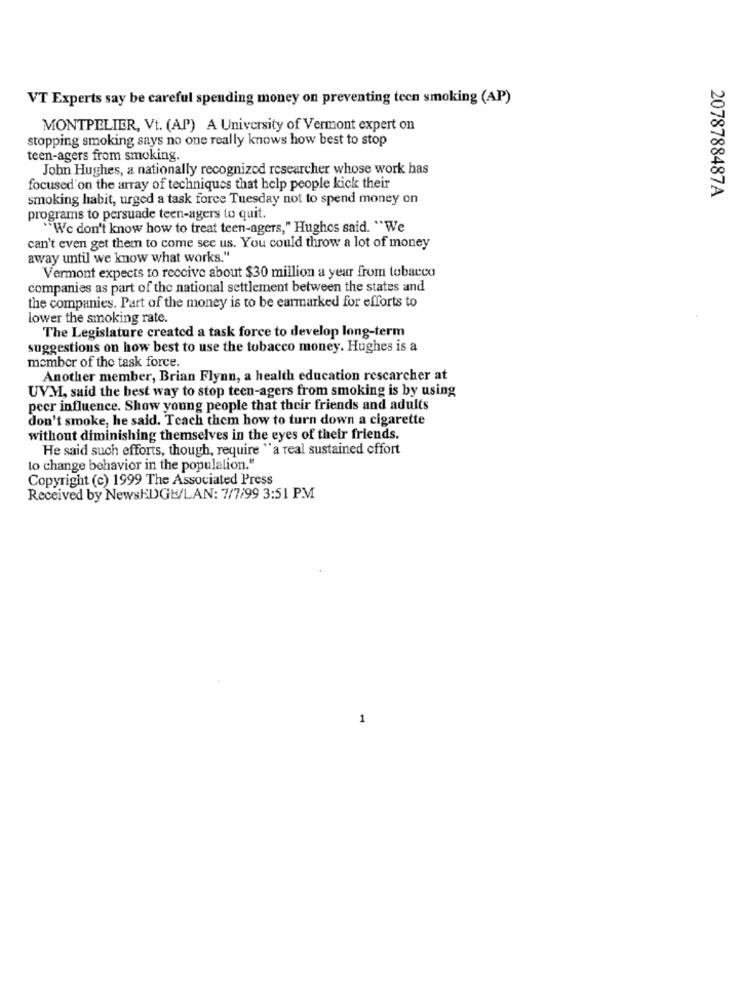
VT Experts say be careful spending money on preventing tecn smoking (AP)
MONTPELIER, Vt. (AP) A University of Vermont expert on
stopping smoking says no one really knows how best to stop
teen-agers from smoking.
John Hughes, a nationally recognized researcher whose work has
focused on the array of techniques that help people kick their
smoking habit, urged a task force Tuesday not to spend money on
2078788487A
programs to persuade teen-agers to quit.
"We don't know how to treat teen-agers," Hughes said. "We
can't even get them to come see us. You could throw a lot of money
away until we know what works."
Vermont expects to receive about $30 million a year from tobacco
companies as part of the national settlement between the states and
the companies. Part of the money is to be earmarked for efforts to
lower the smoking rate.
The Legislature created a task force to develop long-term
suggestions on how best to use the tobacco money. Hughes is a
member of the task force.
Another member, Brian Flynn, a health education rescarcher at
UVM, said the best way to stop teen-agers from smoking is by using
peer influence. Show young people that their friends and adults
don't smoke, he said. Teach them how to turn down a cigarette
without diminishing themselves in the eyes of their friends.
He said such efforts, though, require "a real sustained effort
to change behavior in the population."
Copyright (c) 1999 The Associated Press
Received by NewsEDGE/LAN: 7/7/99 3:51 PM
1